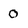
Character: 0